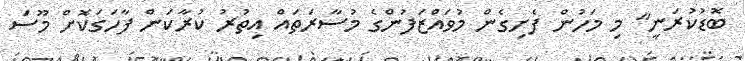
ބޮޑުކުރަނީ" މި މަހުން ފެށިގެން މުވައްޒަފުންގެ މުސާރަތައް އިތުރު ކުރާކަން ފާހަގަކޮށް މޫސަ